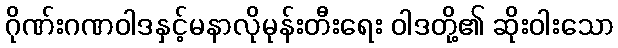
ဂိုဏ်းဂဏဝါဒနှင့်မနာလိုမုန်းတီးရေး ဝါဒတို့၏ ဆိုးဝါးသော